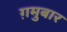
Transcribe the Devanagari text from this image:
ग़मुबार